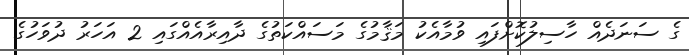
ގެ ސަނަދެއް ހާސިލުކޮށްފައި ވުމާއެކު މަޤާމުގެ މަސައްކަތުގެ ދާއިރާއެއްގައި 2 އަހަރު ދުވަހުގެ